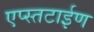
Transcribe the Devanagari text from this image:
एप्स्तटाईण